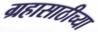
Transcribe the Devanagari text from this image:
ग्रहासाठीच्या